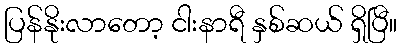
ပြန်နိုးလာတော့ ငါးနာရီ နှစ်ဆယ် ရှိပြီ။